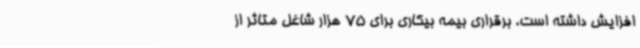
افزایش داشته است. برقراری بیمه بیکاری برای 75 هزار شاغل متاثر از